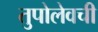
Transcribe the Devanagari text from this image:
तुपोलेवची